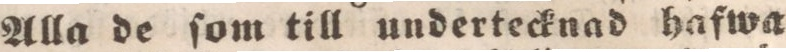
Alla de ſom till undertecknad hafwa